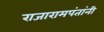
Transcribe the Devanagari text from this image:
राजारामपंतांनी